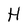
Character: H